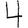
Digit: 4